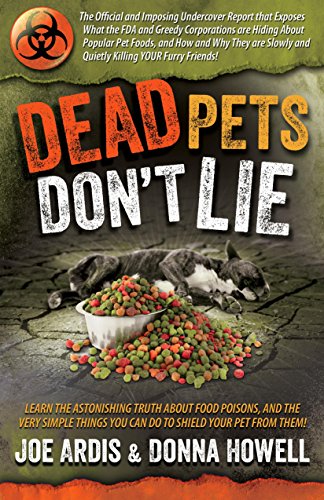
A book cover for Dead Pets Don't Lie: The Official and Imposing Undercover Report That Exposes What the FDA and Greedy Corporations Are Hiding about Popular Pet Foods; Joe Ardis; Crafts, Hobbies & Home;